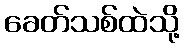
ခေတ်သစ်ထဲသို့